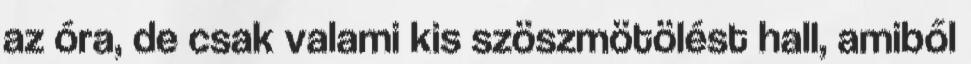
az óra, de csak valami kis szöszmötölést hall, amiből